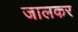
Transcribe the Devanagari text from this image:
जालकर